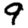
Digit: 9